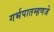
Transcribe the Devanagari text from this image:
गर्भपातम्हणजे